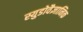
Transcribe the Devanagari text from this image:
स्युडोवैज्ञानिक